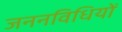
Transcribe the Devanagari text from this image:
जननविधियों